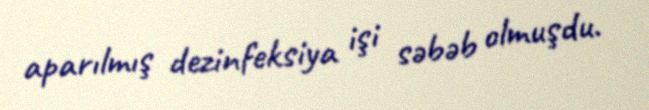
aparılmış dezinfeksiya işi səbəb olmuşdu.